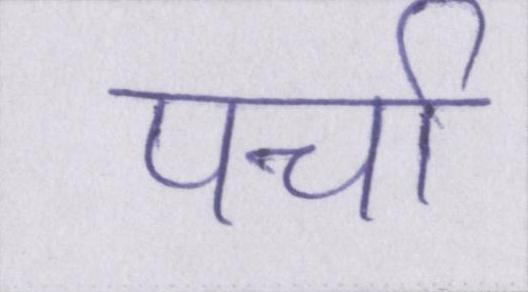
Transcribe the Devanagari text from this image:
पर्चा